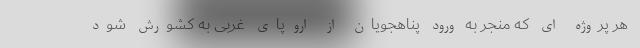
هر پروژه ای که منجر به ورود پناهجویان از اروپای غربی به کشورش شود